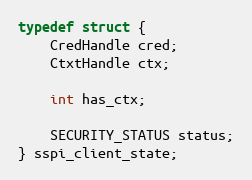
Language: C
typedef struct {
    CredHandle cred;
    CtxtHandle ctx;

    int has_ctx;

    SECURITY_STATUS status;
} sspi_client_state;